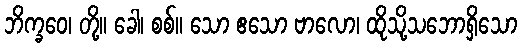
ဘိက္ခဝေ၊ တို့။ ခေါ၊ စစ်။ သော ဧသော ဗာလော၊ ထိုသို့သဘောရှိသော